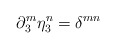
\begin{align*}\partial^m_3 \eta^n_3 = \delta^{mn}\end{align*}